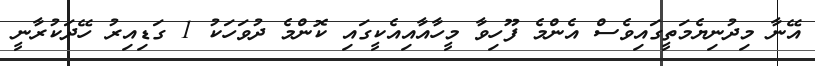
އޭނާ މިދުނިޔެމަތީގައިވެސް އެންމެ ފޫހިވާ މީހާއާއިއެކީގައި ކޮންމެ ދުވަހަކު 1 ގަޑިއިރު ހޭދަކުރާނީ